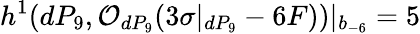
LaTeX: h^{1}(dP_{9},{\cal O}_{dP_{9}}(3\sigma|_{dP_{9}}-6F))|_{b_{-6}}=5